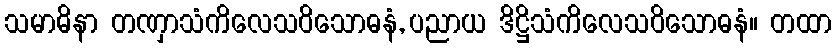
သမာဓိနာ တဏှာသံကိလေသဝိသောဓနံ, ပညာယ ဒိဋ္ဌိသံကိလေသဝိသောဓနံ။ တထာ